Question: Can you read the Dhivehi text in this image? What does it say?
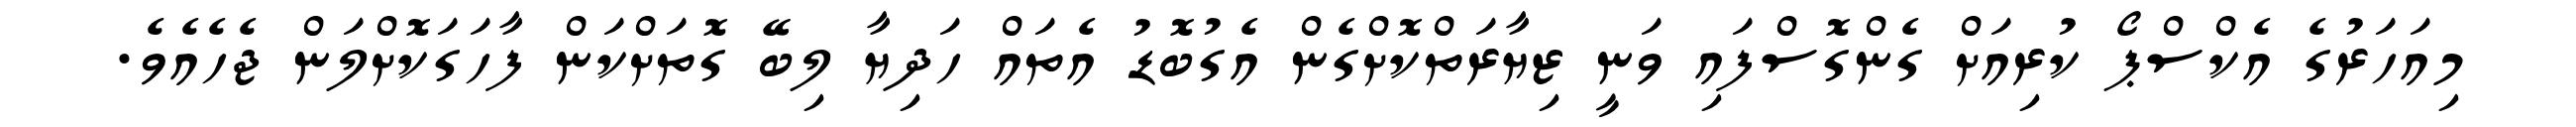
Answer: މިއަހަރުގެ އެކްސްޕޯ ކުރިއަށް ގެންގޮސްފައި ވަނީ ޒިޔާރަތްކޮށްގެން އެގުބޮޑު އެތައް ހަދިޔާ ލިބޭ ގޮތަށްކަން ފާހަގަކޮށްލަން ޖެހެއެވެ.